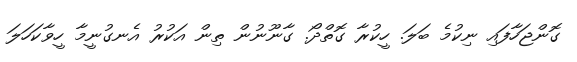
ގޮންޖަހާފައި ނިކުމެ ބަލަ. ހީކުރާ ގޮތްދޯ. ގާނޫނުން ތިން އަކުރު އެނގުނީމާ ހީވާކަހަލަ